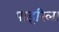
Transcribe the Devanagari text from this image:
पाइरिला